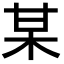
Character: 某